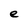
Character: e